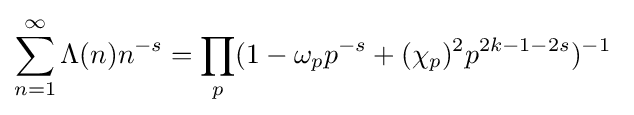
\sum _{n=1}^{\infty }\Lambda (n)n^{-s}=\prod _{p}(1-\omega _{p}p^{-s}+(\chi _{p})^{2}p^{2k-1-2s})^{-1}\